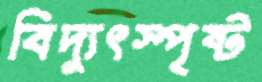
বিদ্যুৎস্পৃষ্ট